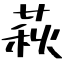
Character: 萩